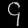
Digit: ၄